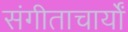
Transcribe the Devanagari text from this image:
संगीताचार्यों